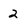
Character: 2